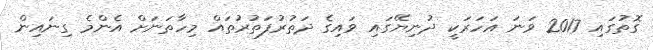
ގޮތުގައި 2017 ވަނަ އަހަރަކީ ދުނިޔޭގައި ވައިގެ ދަތުރުފަތުރުތައް މިހާތަނަށް އެންމެ ގިނައިން